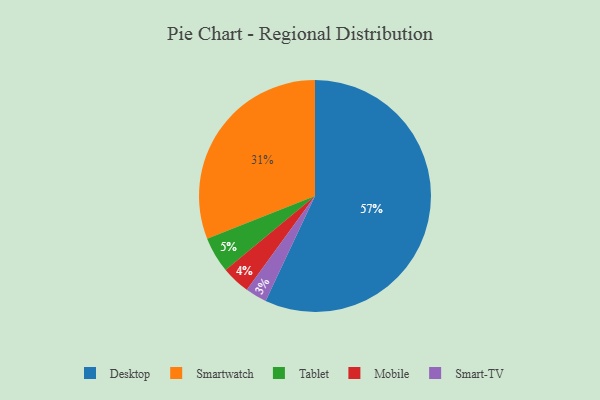
{"axis": {"x": "Category", "y": "Percentage"}, "legend": ["Desktop", "Mobile", "Smart-TV", "Smartwatch", "Tablet"], "data": [{"x": "Smart-TV", "y": 3, "type": "Smart-TV"}, {"x": "Tablet", "y": 5, "type": "Tablet"}, {"x": "Smartwatch", "y": 31, "type": "Smartwatch"}, {"x": "Desktop", "y": 57, "type": "Desktop"}, {"x": "Mobile", "y": 4, "type": "Mobile"}]}